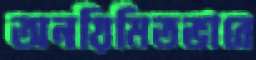
অনয়িমিতভাবে